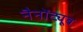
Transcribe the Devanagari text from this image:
नैनोंट्यूब